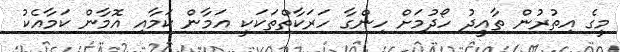
މީގެ އިތުރުން ތާއީދު ހޯދުމަށް ހިންގާ ހަރަކާތްތަކަކީ އަމާން ކަމާއި އޮމާން ކަމާއެކު